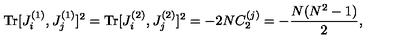
\mathrm { T r } [ J _ { i } ^ { ( 1 ) } , J _ { j } ^ { ( 1 ) } ] ^ { 2 } = \mathrm { T r } [ J _ { i } ^ { ( 2 ) } , J _ { j } ^ { ( 2 ) } ] ^ { 2 } = - 2 N C _ { 2 } ^ { ( j ) } = - \frac { N ( N ^ { 2 } - 1 ) } { 2 } ,